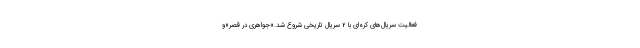
فعالیت سریال‌های کره‌ای با 2 سریال تاریخی شروع شد.«جواهری در قصر»و